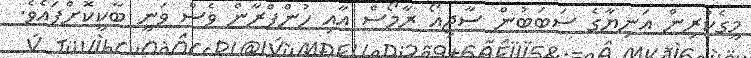
މީގެކުރިން އަނިޔާގެ ސަބަބުން ސާޖިއޯ ރާމޯސް އާއި ހުންފްރާން ވެސް ވަނީ ބާކީކޮށްފައެވެ.